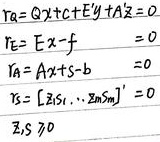
\[\begin{align*}
r_a&=Qx + cEy+T\lambda=0\\
r_e&= Ex - f = 0\\
r_A&= Ax + s - b = 0\\
r_s&=
\begin{bmatrix}
\sum_{1}\\
\vdots\\
\sum_{m}
\end{bmatrix}=0\\
\sum,S&\geq0
\end{align*}\]